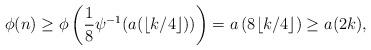
LaTeX: \begin{align*}\phi(n) \geq \phi\left(\frac{1}{8} \psi^{-1}(a(\lfloor k/4 \rfloor)) \right) = a\left(8\lfloor k/4 \rfloor\right) \geq a(2k),\end{align*}